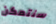
سنتمكن